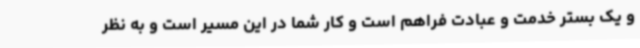
و یک بستر خدمت و عبادت فراهم است و کار شما در این مسیر است و به نظر